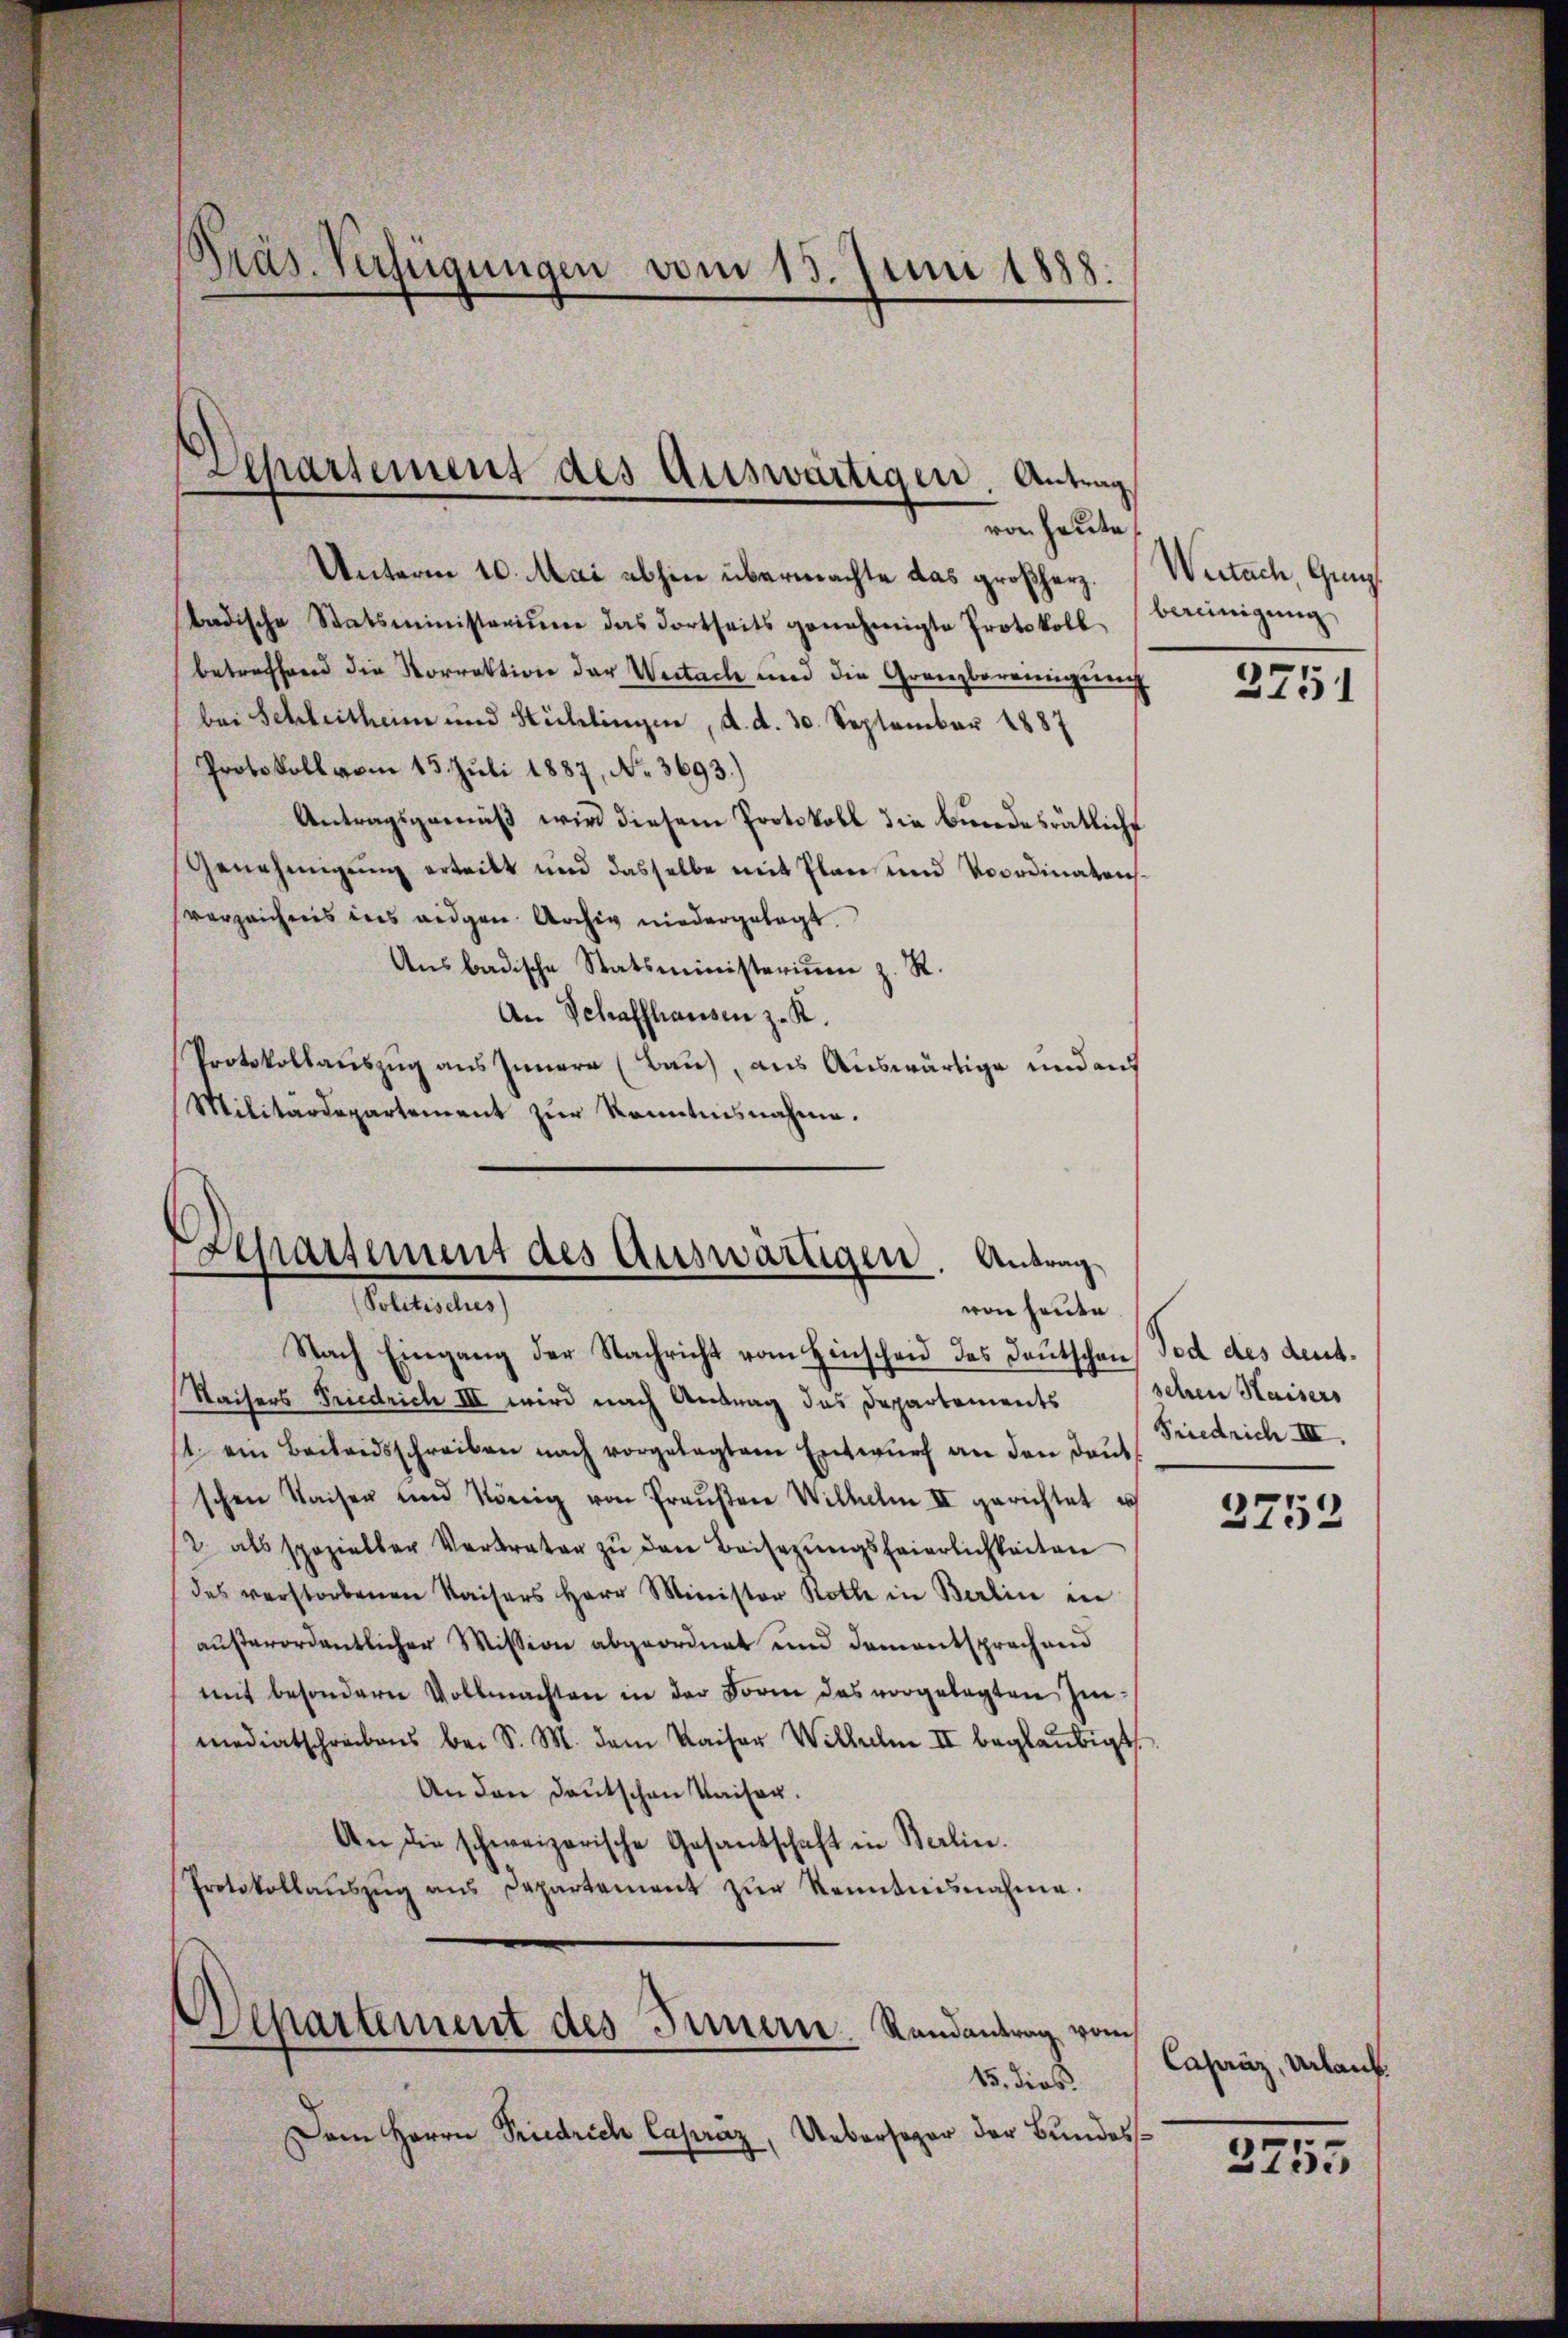
Präs. Verfügungen vom 15. Juni 1888.

Unterm 10. Mai abhin übermachte das großherz.
badische Statsministerium das dortseits genehmigte Protokoll, bereinigŭng
betreffend die Korrektion der Weitach und die Granzbereinigung
bei Schleitheim und Sichlingen, d. d. 30. September 1887
Protokoll vom 15. Juli 1887, No. 3693.)
Antragsgemäß wird diesem Protokoll die Bundesrätliche
Genehmigung ertritt und dasselbe mit Plan und Voordinatenverzeichnis ins eidgen. Archiv niedergelegt.
Ansbadische Statsministerium z. R.
An Schaffhausen z. R.
Protokollauszug aus Innern (Bau), aus Auswärtige und auf
Militärdepartement zur Kenntnisnahme.

Aepartement des Auswärtigen. Antrag
von heute

Departement des Auswärtigen. Antrag
Politisches)
von heute

Nach Eingang der Nachricht vom Hinscheid des Deutschen Tod des deut¬
Waisers Friedrich III wird nach Antrag das Departements sehen Haisers
st ein Beilandsschreiben nach vorgelegtem Entwŭrf an den Baŭt
schen Kaisen und König von Preŭβen Wilhelm III gerichtet u
/2 als spezieller Verkrater zu den Beisezungsfeierlichkeiten
des verstorbenen Kaisers Herr Minister Rolle in Berlin in
außerordentlicher Mission abgeordnet und Damentsprechend
mit besondern Vollmachten in der Form das vorgelegten Inmediatschreibens bei S. M. dem Kaiser Wilhelm II beglaubigt
An den deutschen Kaiser.
An die schweizerische Gesantschaft in Berlin.
Protokollaŭszŭg ans Departement zŭr Kenntnisnahme.
Departement des Innern. Randantrag vom
15. dies
Dem Herrn Priedrich Capráz, Uebersogar der Bundes¬

Weitach, Gruf

2751

Friedrich III.

3752

Caparaz, Urbank.

2755